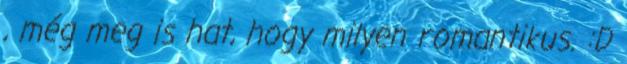
, még meg is hat, hogy milyen romantikus. :D